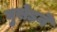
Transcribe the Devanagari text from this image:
घुसेड़ने